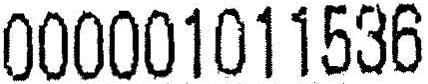
000001011536